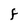
Character: F